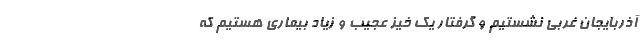
آذربایجان غربی نشستیم و گرفتار یک خیز عجیب و زیاد بیماری هستیم که